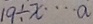
1 9 \div x \cdots a